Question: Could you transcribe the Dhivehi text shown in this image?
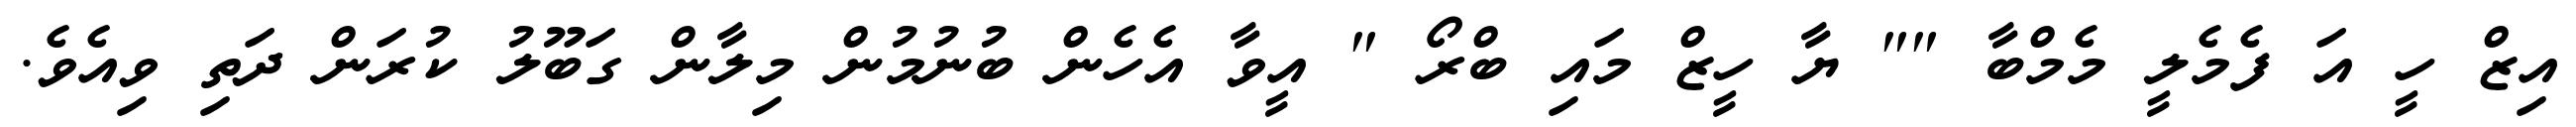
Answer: އިޒް ހީ އަ ފެމެލީ މެމްބާ "" ޔާ ހީޒް މައި ބްރޯ " އީވާ އެހެން ބުނުމުން މިލާން ގަބޫލު ކުރަން ދަތި ވިއެވެ.